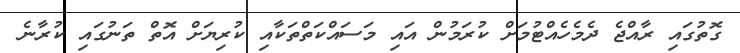
ގޮތުގައި ރާއްޖެ ދެމެހެއްޓުމަށް ކުރަމުން އައި މަސައްކަތްތަކާއި ކުރިޔަށް އޮތް ތަނުގައި ކުރާނެ